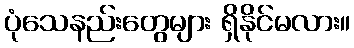
ပုံသေနည်းတွေများ ရှိနိုင်မလား။